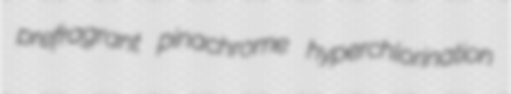
prefragrant pinachrome hyperchlorination